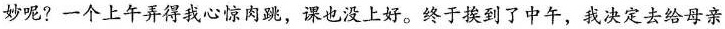
妙呢?一个上午弄得我心惊肉跳，课也没上好。终于挨到了中午，我决定去给母亲